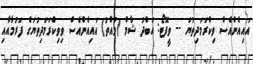
އައިއެންއެސް ވިކްރަމަދިތުޔަ -- ވީފޮޓޯ: އަބްދު ޝާމް (މުއްތު) އައިއެންއެސް ވިވިކްރަމަދިތުޔަގެ ފަރުމާއާއި